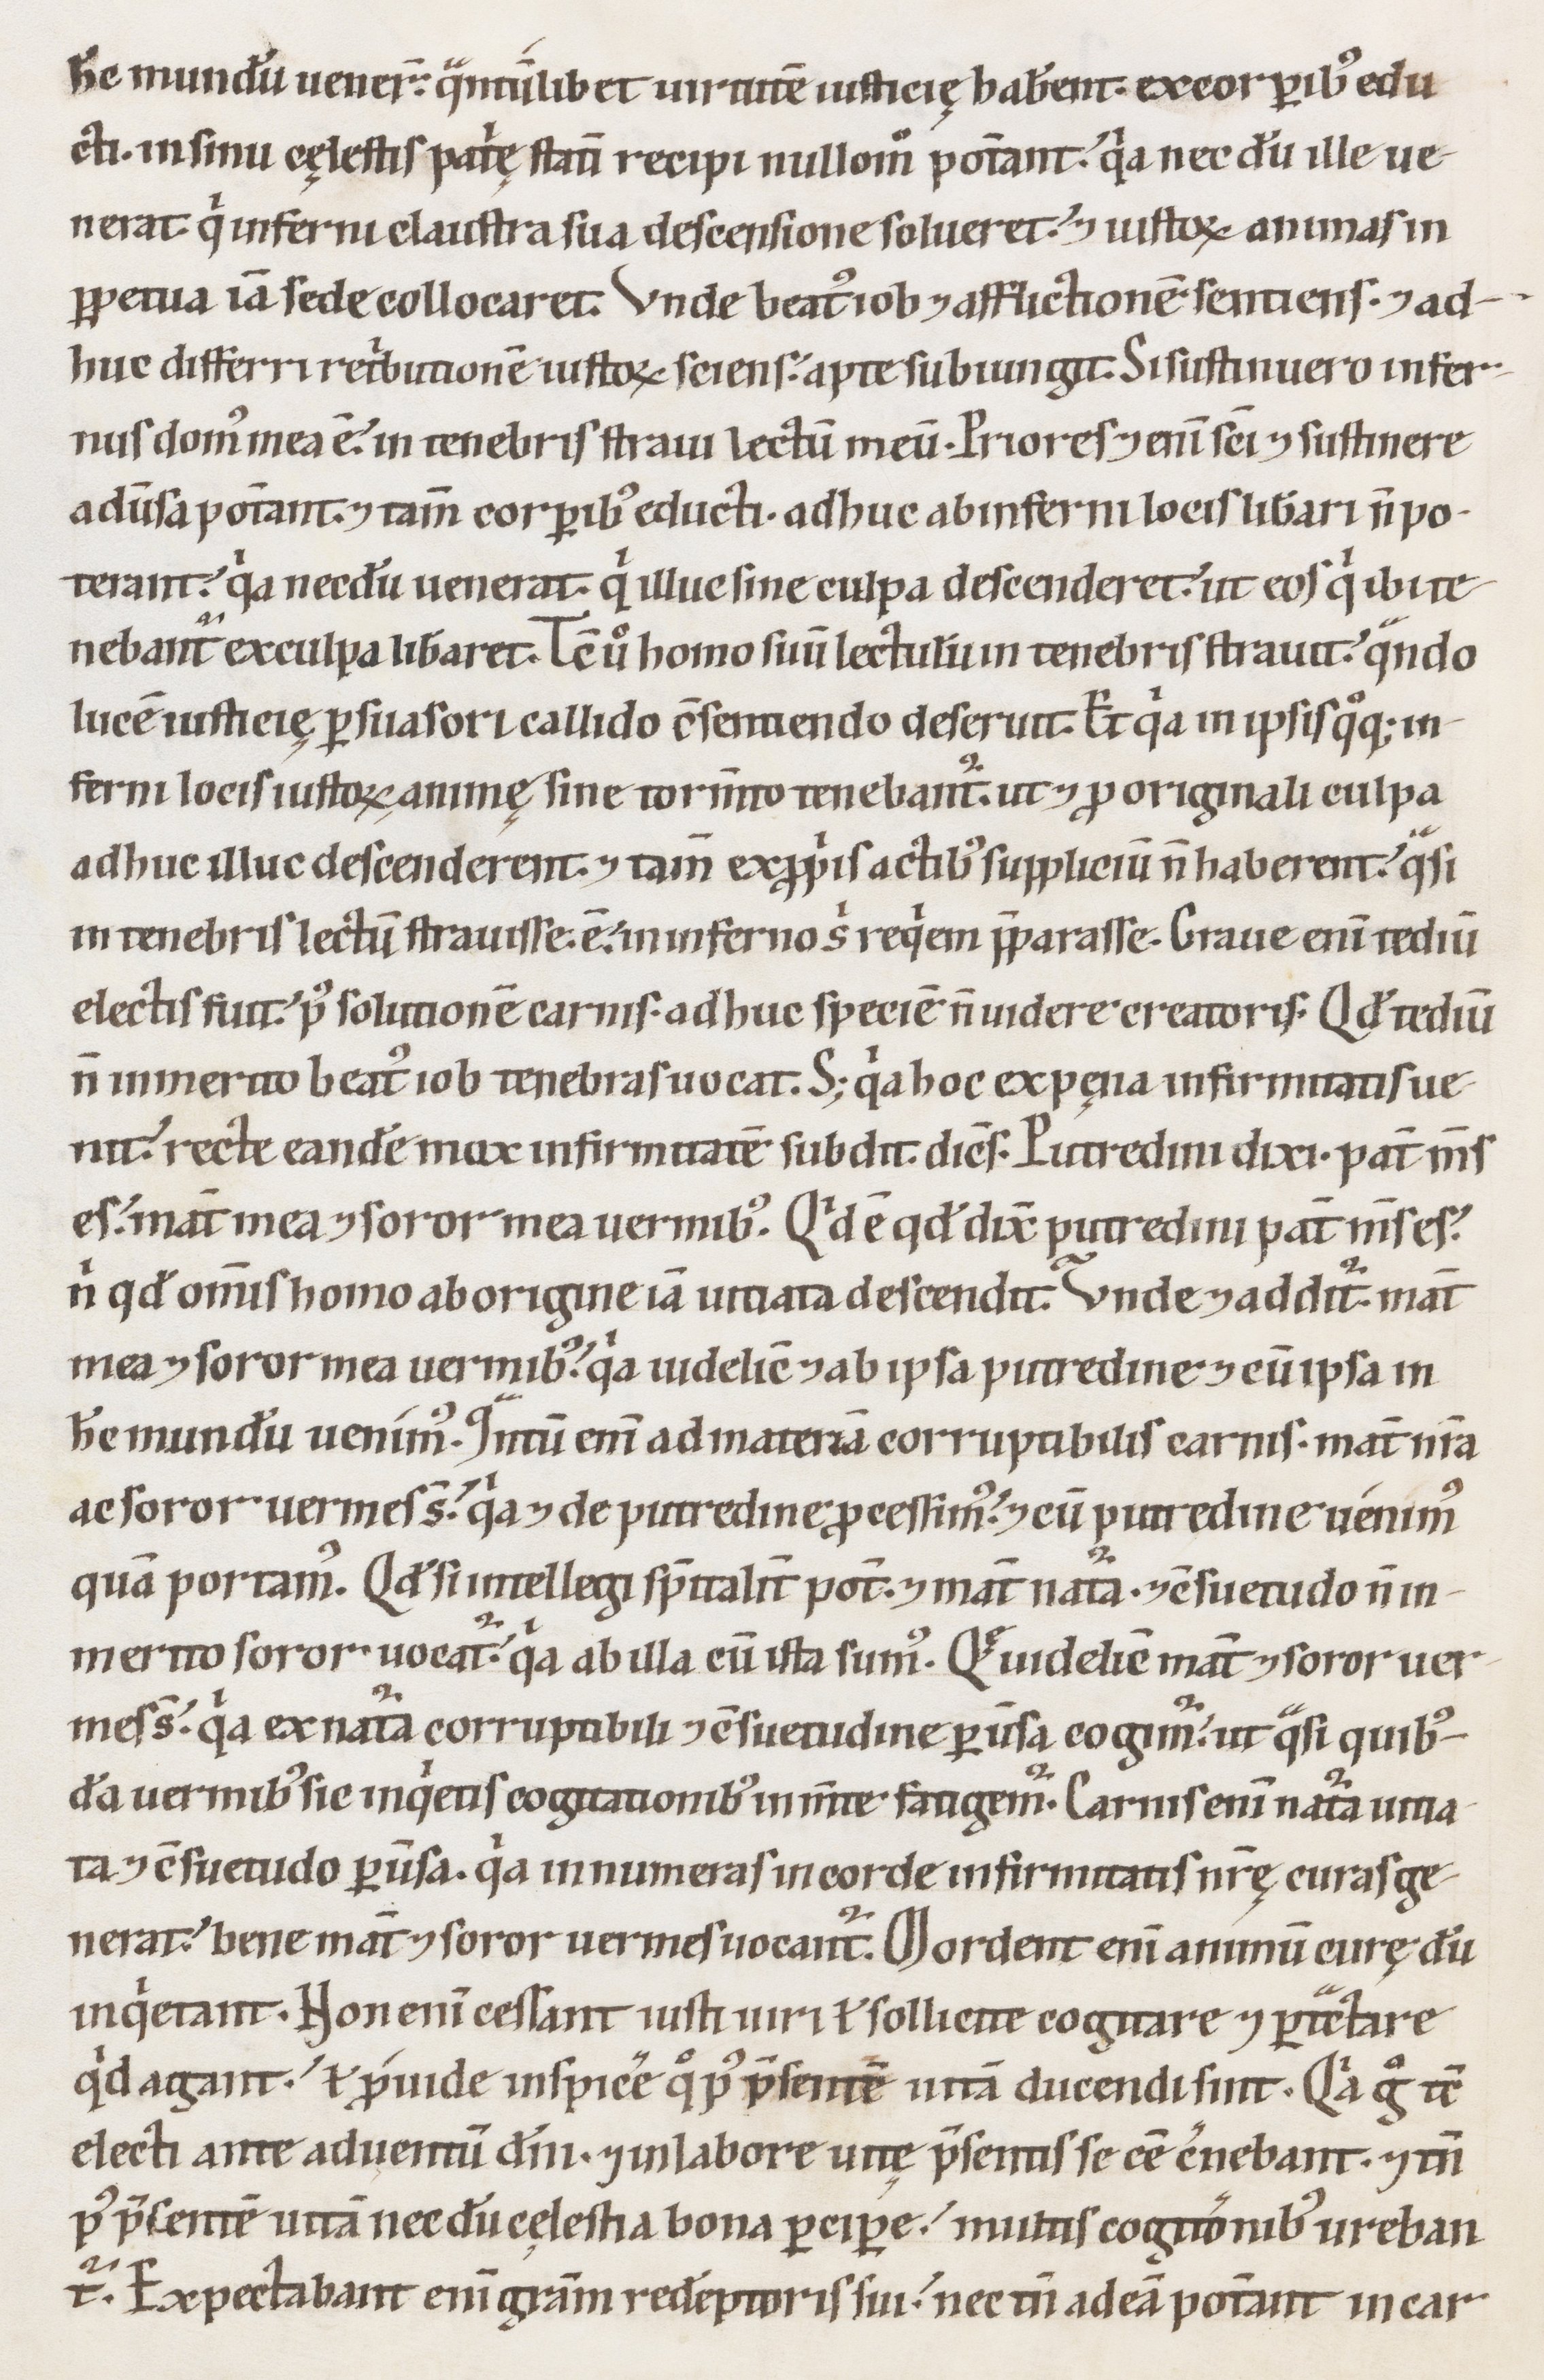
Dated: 1100–1199